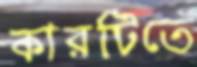
কারটিতে